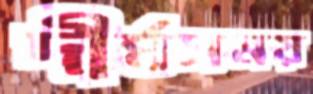
দীর্ঘসময়